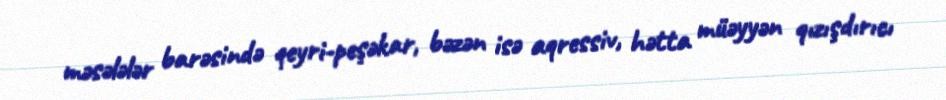
məsələlər barəsində qeyri-peşəkar, bəzən isə aqressiv, hətta müəyyən qızışdırıcı